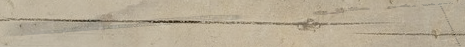
مركز تجاري كبير يضم كل ما